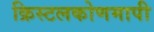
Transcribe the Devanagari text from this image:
क्रिस्टलकोणमापी